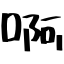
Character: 啊